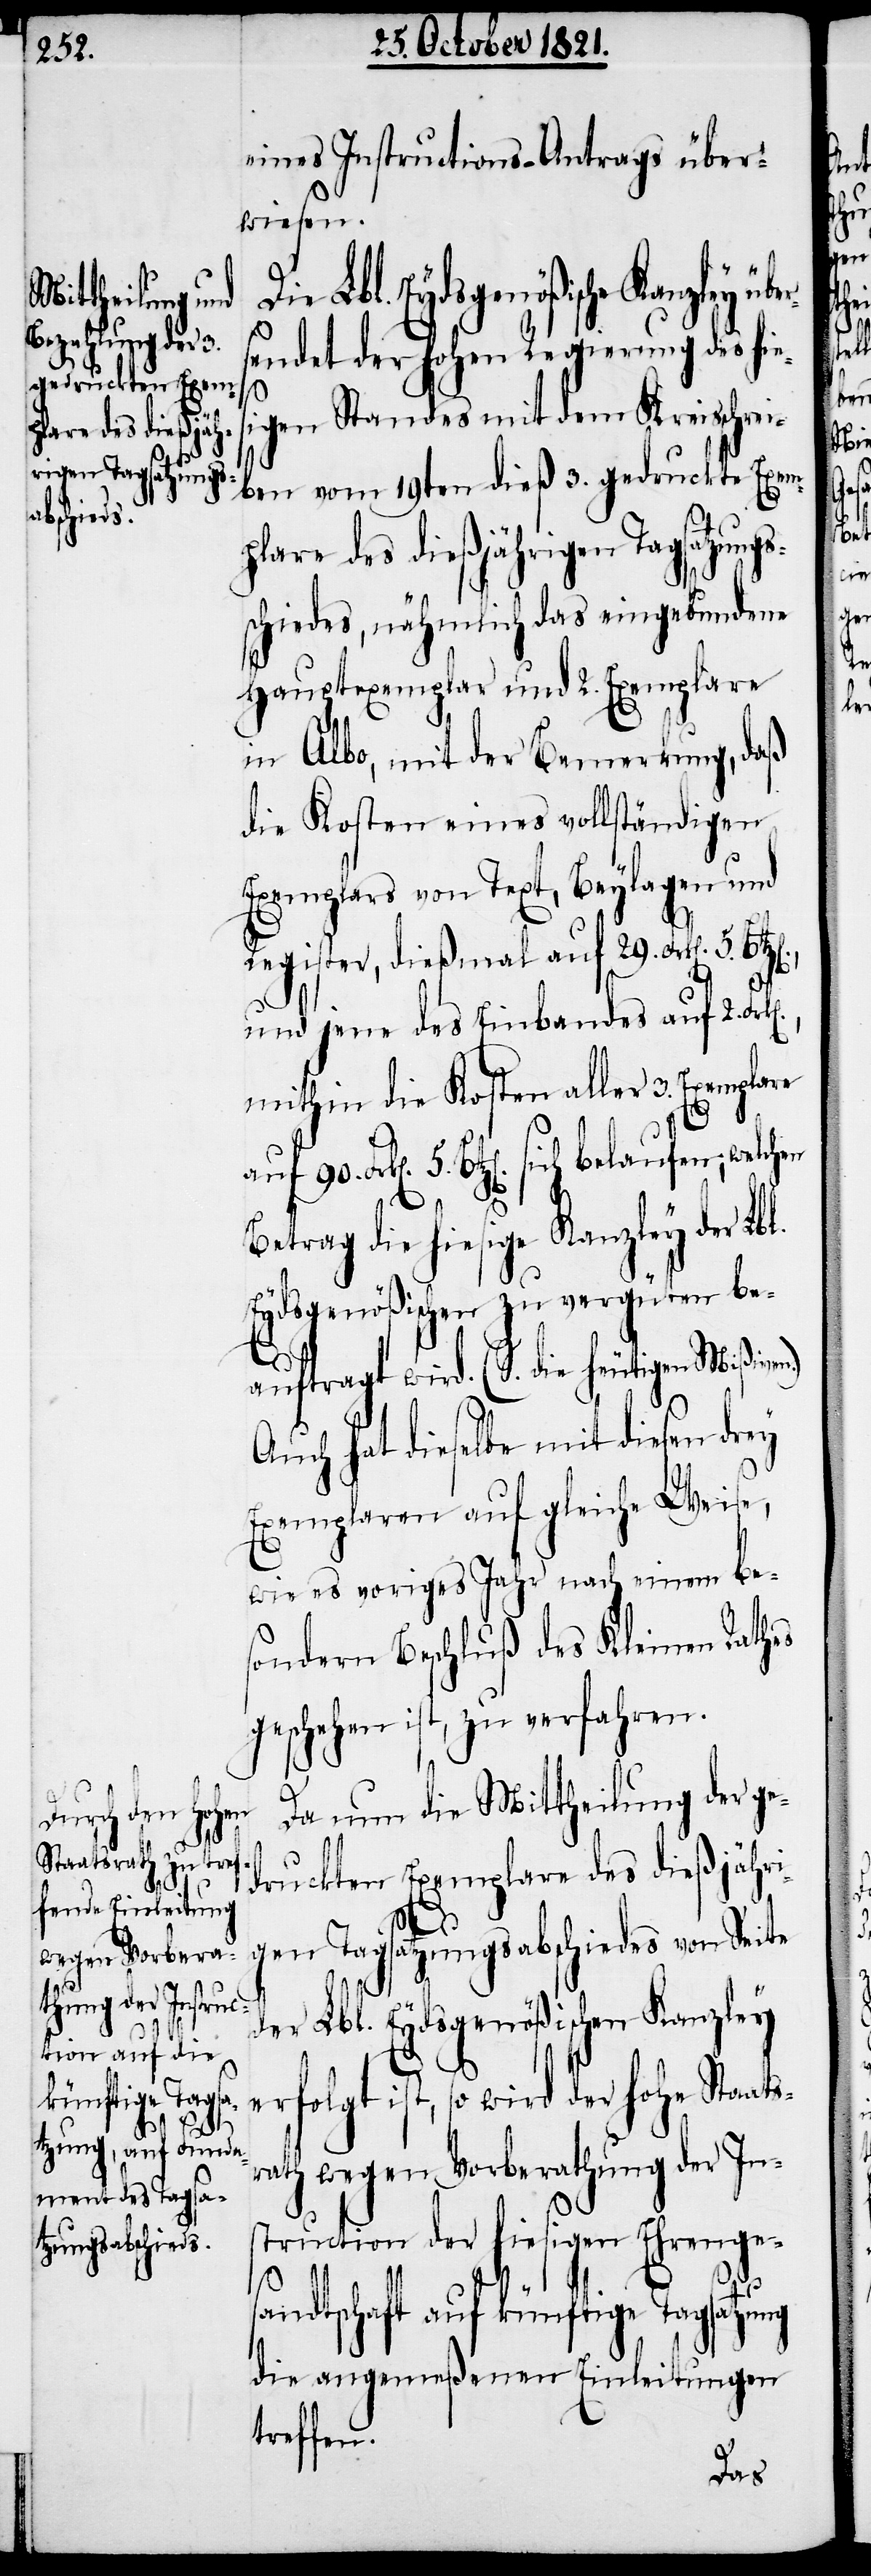
plare des dießjäh¬
rigen Tagsatzungs¬

eines Instructions-Antrags über¬
wiesen.
endet der hohen Regierung des hie¬
s¬
igen Standes mit dem Kreisschrei¬
ben vom 19ten dieß 3. gedruckte Exem¬
schiedes, nähmlich das eingebundene
Hauptexemplar und 2. Exemplare
in Albo, mit der Bemerkung, daß
die Kosten eines vollständigen
Exemplars von Text, Beylagen und
Register, dießmal auf 29. Frk[en].
und jene des Einbandes auf 2.
mithin die Kosten aller 3. Exempla¬
re
Frk[en]. 5. Bz[en]. sich belaufen; welchen
B¬
etrag die hiesige Kanzley der Lb¬
Eydsgenößischen zu vergüten be¬
auftragt wird. (S. die heutigen Mißive¬
Auch hat dieselbe mit diesen
Exemplaren auf gleiche Weise,
wie es voriges Jahr nach einem be¬
sondern Beschluß des Kleinen Rathes
geschehen ist, zu verfahren.
Da nun die Mittheilung der ge¬
druckten Exemplare des dießjähri¬
l.
gen Tagsatzungsabschiedes von Seite
der Lbl. Eydsgenößischen Kanzley
erfolgt ist, so wird der hohe Staats¬
rath wegen Vorberathung der Ins¬
truction der hiesigen Ehrenges¬
n.)
andtschaft auf künftige Tagsatzung
die angemeßenen Einleitungen
treffen.